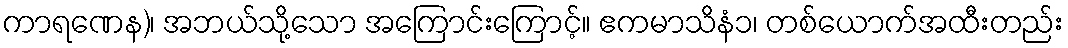
ကာရဏေန)၊ အဘယ်သို့သော အကြောင်းကြောင့်။ ဧကမာသိနံ၁၊ တစ်ယောက်အထီးတည်း